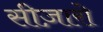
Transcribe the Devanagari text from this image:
सीज़ारो